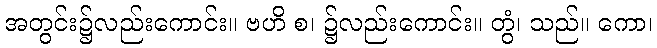
အတွင်း၌လည်းကောင်း။ ဗဟိ စ၊ ၌လည်းကောင်း။ တွံ၊ သည်။ ကော၊